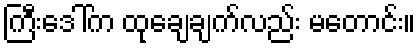
ကြီးဒေါ်က ထုချေချက်လည်း မတောင်း။